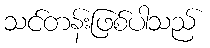
သင်တန်းဖြစ်ပါသည်